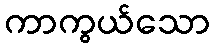
ကာကွယ်သော